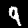
Digit: 9